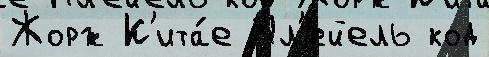
Жорж К'ита́е Пл'ейель код